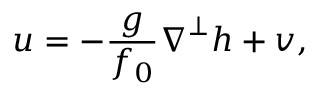
\boldsymbol { u } = - \frac { g } { f _ { 0 } } \boldsymbol { \nabla } ^ { \perp } h + \boldsymbol { v } ,